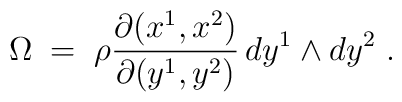
\Omega \;=\; \rho \frac{\partial (x^1,x^2)}{\partial (y^1,y^2)} \,dy^1 \land dy^2 \;.